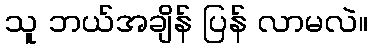
သူ ဘယ်အချိန် ပြန် လာမလဲ။